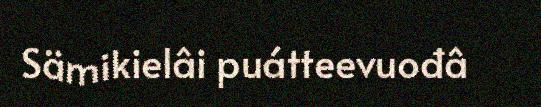
Sämikielâi puátteevuođâ